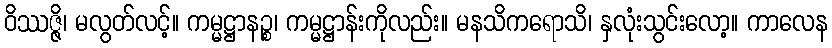
ဝိဿဇ္ဇိ၊ မလွတ်လင့်။ ကမ္မဋ္ဌာနဉ္စ၊ ကမ္မဋ္ဌာန်းကိုလည်း။ မနသိကရောသိ၊ နှလုံးသွင်းလော့။ ကာလေန